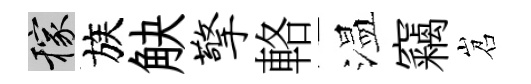
稼族觖擎輅温竊岧